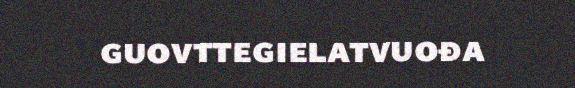
guovttegielatvuođa